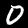
Label: 0